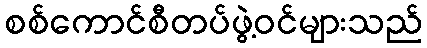
စစ်ကောင်စီတပ်ဖွဲ့ဝင်များသည်